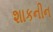
શાકનીન